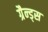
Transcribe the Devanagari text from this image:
ग्रैन्ड्स